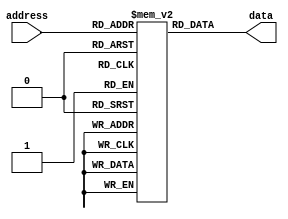
module OTP_ROM (
    input wire [9:0] address,
    output reg [7:0] data
);

reg [7:0] memory [0:1023]; // 1024 memory locations, each storing 8 bits of data

initial begin
    // Initialize memory with pre-defined data at specific memory locations
    memory[0] = 8'hFF; // Example data at address 0
    // Add more pre-defined data as needed
end

// Read operation
always @(*) begin
    data = memory[address];
end

endmodule